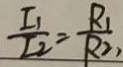
\frac { I _ { 1 } } { I _ { 2 } } = \frac { R _ { 1 } } { R _ { 2 } } ,